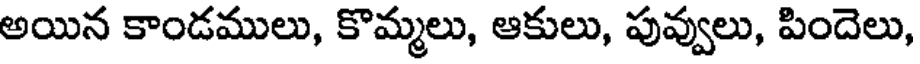
అయిన కాండములు, కొమ్మలు, ఆకులు, పువ్వులు, పిందెలు,